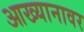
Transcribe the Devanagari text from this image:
आख्यानावर